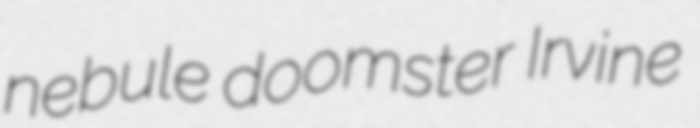
nebule doomster Irvine